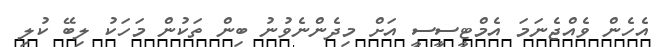
އެހެން ވެއްޖެނަމަ އެމްޓީސީސީ އަށް މިދެންނެވުނު ބިން ތަކުން މަހަކު ލިބޭ ކުލި